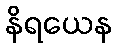
နိရယေန